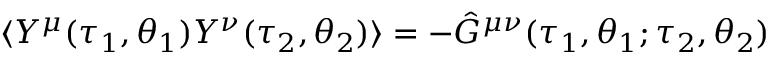
\langle Y ^ { \mu } ( \tau _ { 1 } , \theta _ { 1 } ) Y ^ { \nu } ( \tau _ { 2 } , \theta _ { 2 } ) \rangle = - \hat { \cal G } ^ { \mu \nu } ( \tau _ { 1 } , \theta _ { 1 } ; \tau _ { 2 } , \theta _ { 2 } )